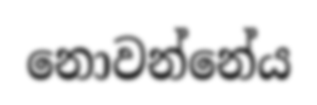
නොවන්නේය